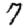
Digit: 7